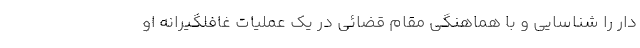
دار را شناسایی و با هماهنگی مقام قضائی در یک عملیات غافلگیرانه او